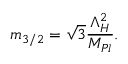
m _ { 3 / 2 } = \sqrt { 3 } \frac { \Lambda _ { H } ^ { 2 } } { M _ { P l } } .